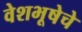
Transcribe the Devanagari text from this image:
वेशभूषेचे